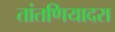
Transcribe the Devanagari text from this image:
तांतणियादरा